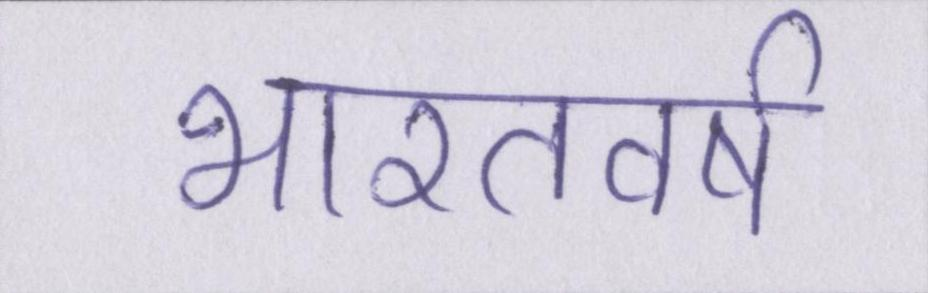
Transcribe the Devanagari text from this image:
भारतवर्ष